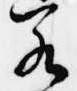
若